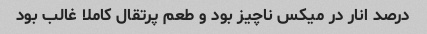
درصد انار در میکس ناچیز بود و طعم پرتقال کاملا غالب بود